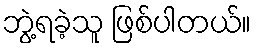
ဘွဲ့ရခဲ့သူ ဖြစ်ပါတယ်။